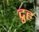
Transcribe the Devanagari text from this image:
द्रुह